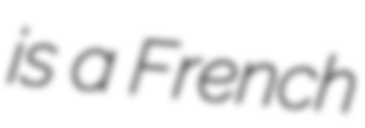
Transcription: is a French